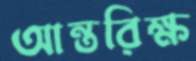
আন্তরিক্ষ